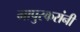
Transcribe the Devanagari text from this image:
मापुस्करांनी